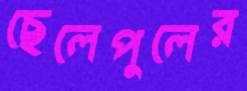
ছেলেপুলের